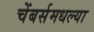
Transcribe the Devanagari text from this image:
चेंबर्समधल्या